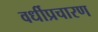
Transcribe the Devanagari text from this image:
वर्धीप्रचारण